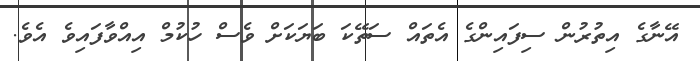
އޭނާގެ އިތުރުން ސިފައިންގެ އެތައް ސަތޭކަ ބަޔަކަށް ވެސް ހުކުމް އިއްވާފައިވެ އެވެ.